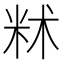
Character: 𬖔